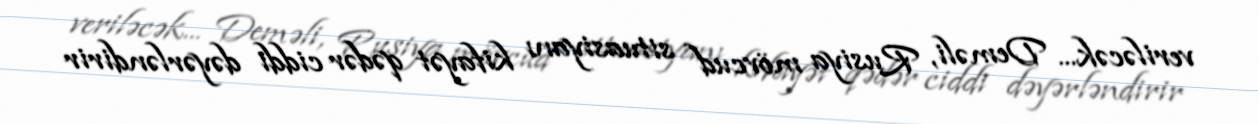
veriləcək... Deməli, Rusiya mövcud situasiyanı kifayət qədər ciddi dəyərləndirir